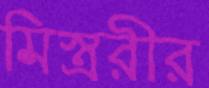
মিস্ত্ররীর